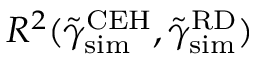
R ^ { 2 } ( \tilde { \gamma } _ { \mathrm { s i m } } ^ { \mathrm { C E H } } , \tilde { \gamma } _ { \mathrm { s i m } } ^ { \mathrm { R D } } )